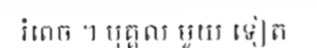
រំពេច ។ បុគ្គល មួយ ទៀត